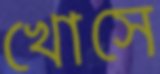
খোসে